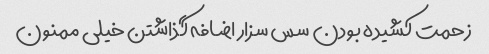
زحمت کشیده بودن سس سزار اضافه گذاشتن خیلی ممنون